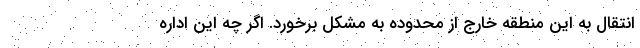
انتقال به این منطقه خارج از محدوده به مشکل برخورد. اگر چه این اداره